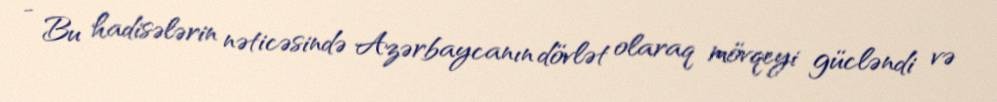
- Bu hadisələrin nəticəsində Azərbaycanın dövlət olaraq mövqeyi gücləndi və